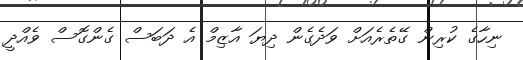
ނިހާގެ ކުރިން ގޭތެރެއަށް ވަދެގެން ދިޔަ އާޒިމް އެ ދަބަސް ގެންގޮސް ވެއްދީ